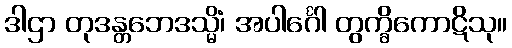
ဒါဌာ တုဒန္တဘေဒသ္မိံ၊ အပါင်္ဂေါ တွက္ခိကောဋိသု။